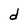
Character: d